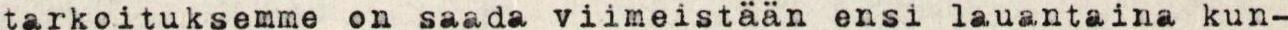
tarkoituksemme on saada viimeistään ensi lauantaina kun-